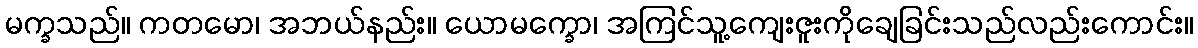
မက္ခသည်။ ကတမော၊ အဘယ်နည်း။ ယောမက္ခော၊ အကြင်သူ့ကျေးဇူးကိုချေခြင်းသည်လည်းကောင်း။